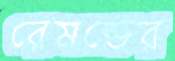
রেমন্ডের